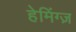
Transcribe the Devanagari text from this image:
हेमिंग्ज़